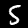
Digit: 5